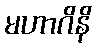
မဟာဂိနိ